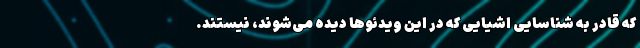
که قادر به شناسایی اشیایی که در این ویدئوها دیده می‌شوند، نیستند.